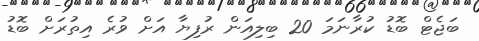
ބަޖެޓް ބޮޑު ކުރާނަމަ 20 ބިލިއަން ރުފިޔާ އަށް ވުރެ އިތުރަށް ބޮޑު